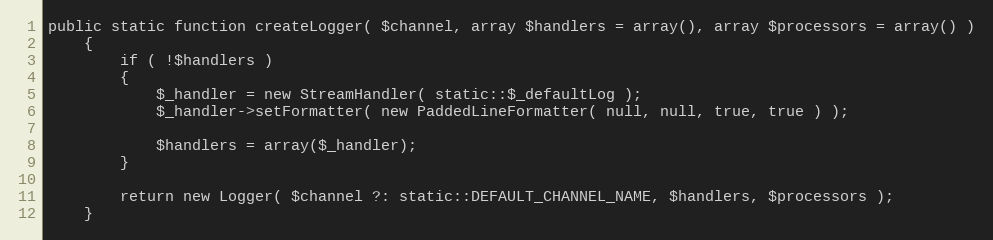
Language: PHP
public static function createLogger( $channel, array $handlers = array(), array $processors = array() )
    {
        if ( !$handlers )
        {
            $_handler = new StreamHandler( static::$_defaultLog );
            $_handler->setFormatter( new PaddedLineFormatter( null, null, true, true ) );

            $handlers = array($_handler);
        }

        return new Logger( $channel ?: static::DEFAULT_CHANNEL_NAME, $handlers, $processors );
    }